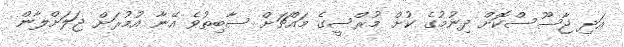
އަދި ޖާސޫސްކޮށް ދިނުމުގެ ކުށް މުރްސީގެ މައްޗަށް ސާބިތުވެ އޭނާ އުމުރަށް ޖަލަށްލާން